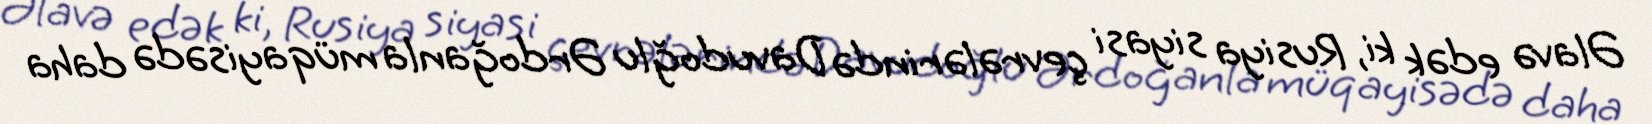
Əlavə edək ki, Rusiya siyasi çevrələrində Davudoğlu Ərdoğanla müqayisədə daha